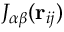
J _ { \alpha \beta } ( { \bf r } _ { i j } )